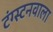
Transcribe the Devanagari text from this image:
टंग्स्टनवाला